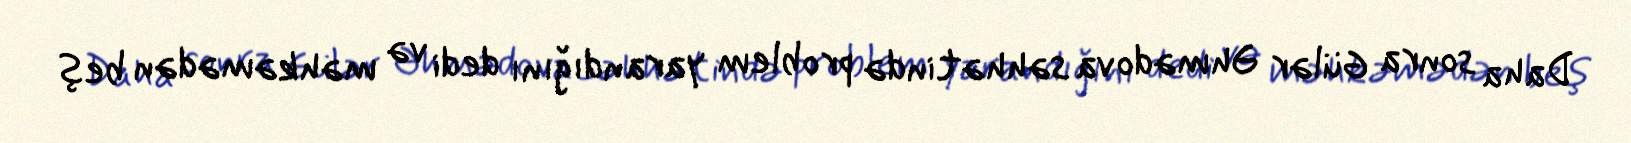
Daha sonra Gülər Əhmədova səhhətində problem yarandığını dedi və məhkəmədən beş